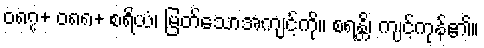
၀၈၇+ ၀၈၈+ စရိယံ၊ မြတ်သောအကျင့်ကို။ စရန္တိ၊ ကျင့်ကုန်၏။